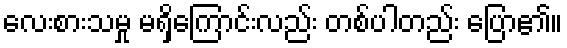
လေးစားသမှု မရှိကြောင်းလည်း တစ်ပါတည်း ပြော၏။